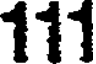
111